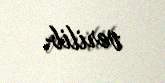
verilib.